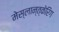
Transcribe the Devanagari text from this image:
मेस्लान्त्केरिंग